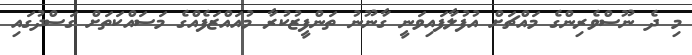
މި ދެ ނޫސްވެރިންގެ މައްޗަށް އުފުލާފައިވަނީ ގާނޫނު ތަންފީޒުކުރާ މުއައްޒަފެއްގެ މަސައްކަތަށް ގަސްދުގައި